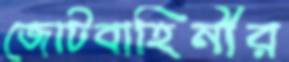
জোটবাহিনীর